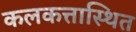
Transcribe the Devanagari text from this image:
कलकत्तास्थित